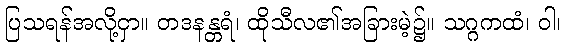
ပြသရန်အလို့ငှာ။ တဒနန္တရံ၊ ထိုသီလ၏အခြားမဲ့၌။ သဂ္ဂကထံ၊ ဝါ၊